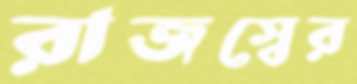
রাজস্বের